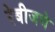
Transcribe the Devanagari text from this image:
रेबीजचे